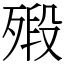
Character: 㱭